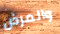
والمرض